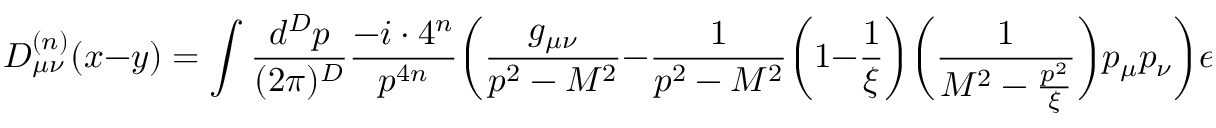
D _ { \mu \nu } ^ { ( n ) } ( x - y ) = \int \frac { d ^ { D } p } { ( 2 \pi ) ^ { D } } \frac { - i \cdot 4 ^ { n } } { p ^ { 4 n } } \bigg ( \frac { g _ { \mu \nu } } { p ^ { 2 } - M ^ { 2 } } - \frac { 1 } { p ^ { 2 } - M ^ { 2 } } \bigg ( 1 - \frac { 1 } { \xi } \bigg ) \bigg ( \frac { 1 } { M ^ { 2 } - \frac { p ^ { 2 } } { \xi } } \bigg ) p _ { \mu } p _ { \nu } \bigg ) e ^ { - i p \cdot ( x - y ) } \, .